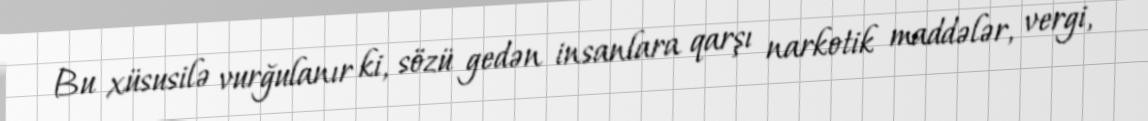
Bu xüsusilə vurğulanır ki, sözü gedən insanlara qarşı narkotik maddələr, vergi,